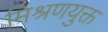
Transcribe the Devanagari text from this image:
मिश्रणयुक्त